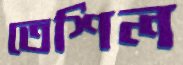
তেশিল